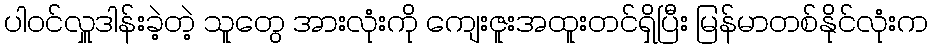
ပါဝင်လှူဒါန်းခဲ့တဲ့ သူတွေ အားလုံးကို ကျေးဇူးအထူးတင်ရှိပြီး မြန်မာတစ်နိုင်လုံးက